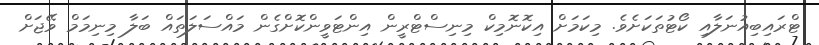
ޓްރައިބިއުނަލާއި ކޯޓުތަކަށެވެ. މިކަމަށް އިކޮނޮމިކް މިނިސްޓްރީން އިންޓަވީންކޮށްގެން މައްސަލަތައް ބަލާ މިނިމަމް ވޭޖަށް